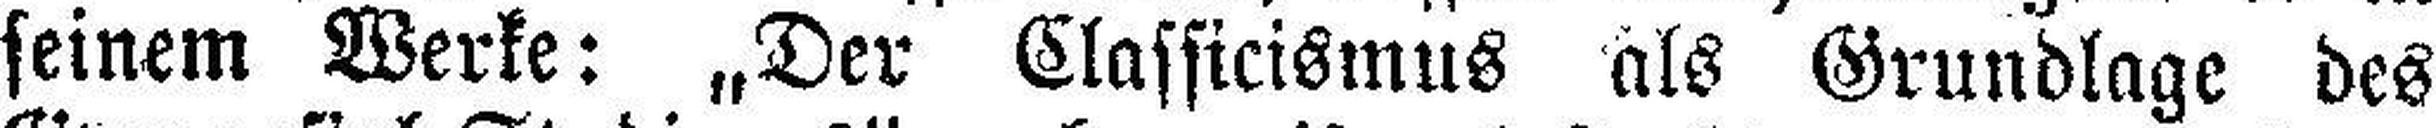
seinem Werke: „Der Classicismus als Grundlage des